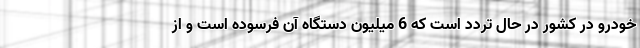
خودرو در کشور در حال تردد است که 6 میلیون دستگاه آن فرسوده است و از